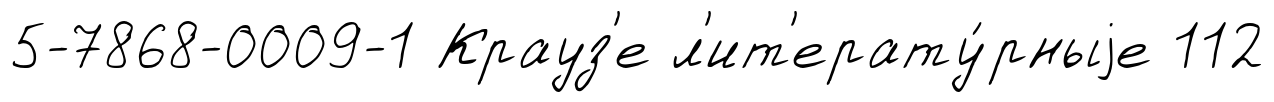
5-7868-0009-1 Крауз'е л'ит'ерату́рныjе 112